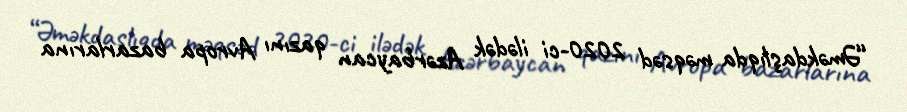
“Əməkdaşlıqda məqsəd 2020-ci ilədək Azərbaycan qazını Avropa bazarlarına